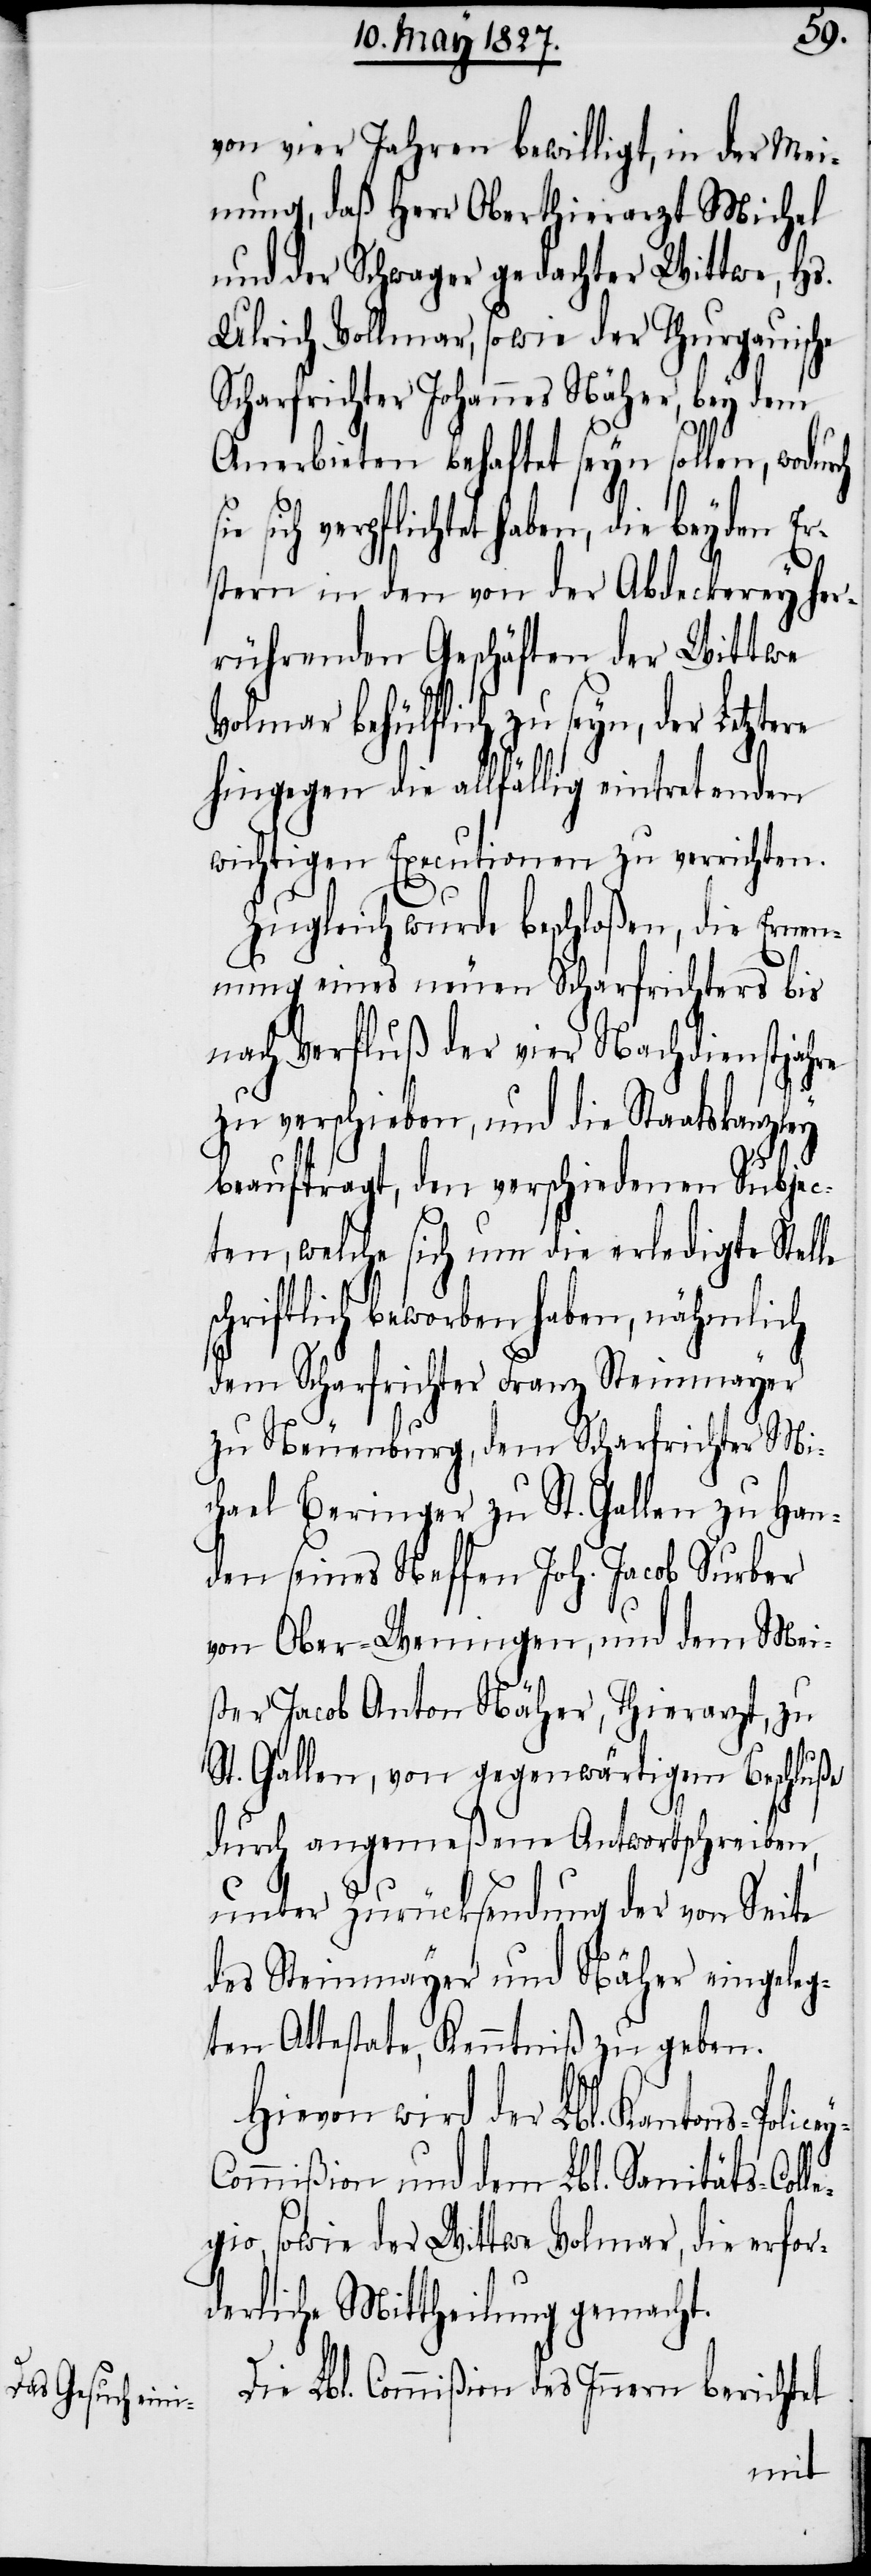
ey-C¬
von vier Jahren bewilligt, in der Mei¬
nung, daß Herr Oberthierarzt Michel
und der Schwager gedachter Wittwe, Hs.
Scharfrichter Johannes Näher, bey dem
Anerbieten behaftet seyn sollen, wodu¬
sich verpflichtet haben, die beyden Er¬
stern in den von der Abdeckerey her¬
rührenden Geschäften der Wittwe
Volmar behülflich zu seyn, der Letztere
hingegen die allfällig eintretenden
wichtigen Executionen zu verrichten.
Zugleich wurde beschloßen, die Ernen¬
nung eines neuen Scharfrichters bis
nach Verfluß der vier Nachdienstjahre
zu verschieben, und die Staatskanzley
beauftragt, den verschiedenen Subjec¬
ten, welche sich um die erledigte Stelle
chriftlich beworben haben, nähmlich
dem Scharfrichter Franz Steinmayer
zu Neuenburg, dem Scharfrichter Mi¬
chael Beringer zu St. Gallen zu Han¬
den seines Neffen Joh. Jacob Surber
von Ober-Weningen, und dem Mei¬
ster Jacob Anton Näher, Thierarzt, zu
St. Gallen, von gegenwärtigem Beschluße
durch angemeßenes Antwortschreiben,
unter Zurücksendung der von Seite
des Steinmayer und Näher eingeleg¬
ten Attestate, Kenntniß zu geben.
Hiervon wird der Lbl. Kantons-Polic¬
ommißion und dem Lbl. Sanitäts-Coll¬
egio, sowie der Wittwe Volmar, die erfor¬
derliche Mittheilung gemacht.
Die Lbl. Commißion des Innern berichtet